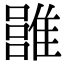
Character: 𩀏